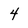
Character: 4